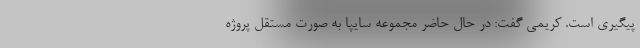
پيگيري است. کریمی گفت: در حال حاضر مجموعه سايپا به صورت مستقل پروژه